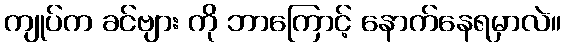
ကျုပ်က ခင်ဗျား ကို ဘာကြောင့် နောက်နေရမှာလဲ။